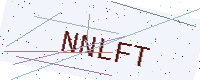
Text: NNLFT